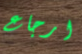
ارجاع